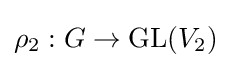
\rho _{2}:G\to {\text{GL}}(V_{2})